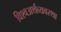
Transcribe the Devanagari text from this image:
विश्वअर्थव्यवस्था